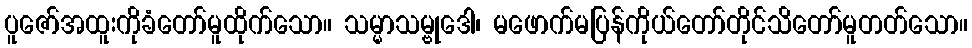
ပူဇော်အထူးကိုခံတော်မူထိုက်သော။ သမ္မာသမ္ဗုဒေါ၊ မဖောက်မပြန်ကိုယ်တော်တိုင်သိတော်မူတတ်သော။